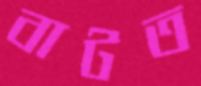
বাটত